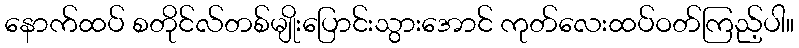
နောက်ထပ် စတိုင်လ်တစ်မျိုးပြောင်းသွားအောင် ကုတ်လေးထပ်ဝတ်ကြည့်ပါ။